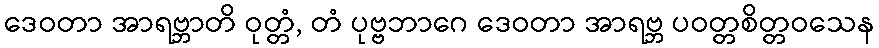
ဒေဝတာ အာရဗ္ဘာတိ ဝုတ္တံ, တံ ပုဗ္ဗဘာဂေ ဒေဝတာ အာရဗ္ဘ ပဝတ္တစိတ္တဝသေန